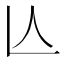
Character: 亾